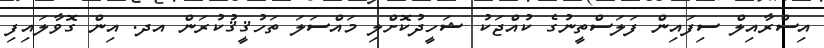
އިސްރާއިލް ސިފައިން ފަލަސްތީނުގެ ކުއްޖަކު ޝަހީދުކޮށްލި މައްސަލަ ތަހުޤީޤުކުރަން އދ. އިން ގޮވާލައިފި